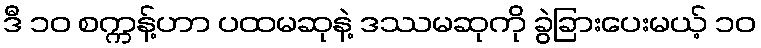
ဒီ ၁၀ စက္ကန့်ဟာ ပထမဆုနဲ့ ဒဿမဆုကို ခွဲခြားပေးမယ့် ၁၀